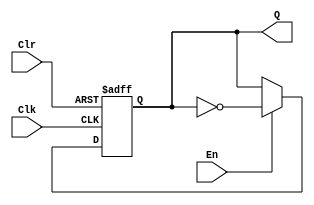
module T_FF(Q,En,Clk,Clr);
input En,Clk,Clr;
output Q;
reg Q;
always @(posedge Clk or negedge Clr)
if(~Clr)
	Q <= 1'b0;
else
	begin
		if(En)
		Q <= !Q;
	end
endmodule